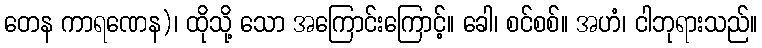
တေန ကာရဏေန)၊ ထိုသို့ သော အကြောင်းကြောင့်။ ခေါ၊ စင်စစ်။ အဟံ၊ ငါဘုရားသည်။